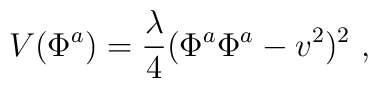
V(\Phi^{a})=\frac{\lambda}{4}(\Phi^{a}\Phi^{a}-v^2)^2\ ,